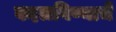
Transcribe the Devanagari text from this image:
बदलविण्याचे